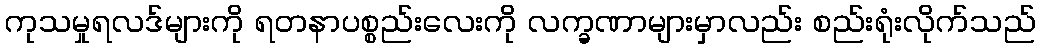
ကုသမှုရလဒ်များကို ရတနာပစ္စည်းလေးကို လက္ခဏာများမှာလည်း စည်းရုံးလိုက်သည်